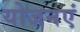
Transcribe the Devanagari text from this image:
योजनएं